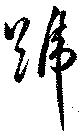
號